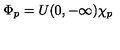
\Phi _ { p } = U ( 0 , - \infty ) \chi _ { p }